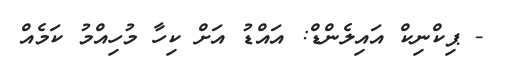
- ޕިކްނިކް އައިލެންޑް: އައްޑު އަށް ކިހާ މުހިއްމު ކަމެއް